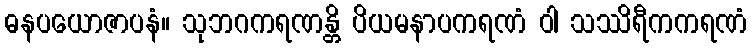
ဓနပယောဇာပနံ။ သုဘဂကရဏန္တိ ပိယမနာပကရဏံ ဝါ သဿိရီကကရဏံ